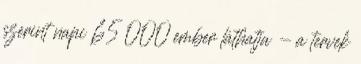
szerint napi 65 000 ember láthatja - a tervek